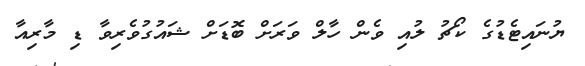
ޔުނައިޓެޑުގެ ކޯޗު ލުއި ވެން ހާލް ވަރަށް ބޮޑަށް ޝައުގުވެރިވާ ޑި މާރިއާ